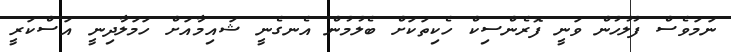
ނަމަވެސް ފުލުހުން ވަނީ ފޮރެންސިކް ހެކިތަކަށް ބެލުމުން އެނގެނީ ޝައިމާއަށް ހަމަލާދިނީ އަސްކަރީ